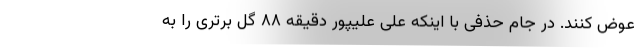
عوض کنند. در جام حذفی با اینکه علی علیپور دقیقه ۸۸ گل برتری را به